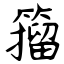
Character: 籀